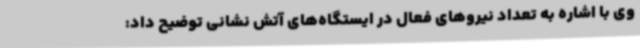
وی با اشاره به تعداد نیروهای فعال در ایستگاه‌های آتش نشانی توضیح داد: